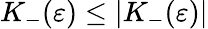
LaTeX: K_{-}(\varepsilon)\le\vert K_{-}(\varepsilon)\vert